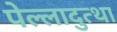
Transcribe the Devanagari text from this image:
पेल्लादुत्था